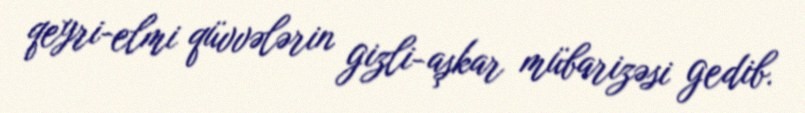
qeyri-elmi qüvvələrin gizli-aşkar mübarizəsi gedib.